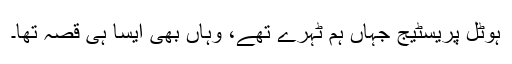
ہوٹل پریسٹیج جہاں ہم ٹہرے تھے، وہاں بھی ایسا ہی قصہ تھا۔